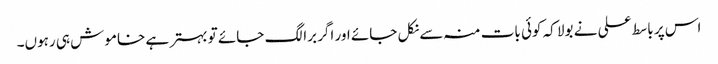
اس پر باسط علی نے بولا کہ کوئی بات منہ سے نکل جائے اور اگر برا لگ جائے تو بہتر ہے خاموش ہی رہوں۔